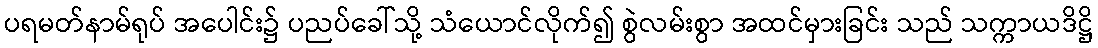
ပရမတ်နာမ်ရုပ် အပေါင်း၌ ပညပ်ခေါ်သို့ သံယောင်လိုက်၍ စွဲလမ်းစွာ အထင်မှားခြင်း သည် သက္ကာယဒိဋ္ဌိ